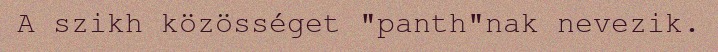
A szikh közösséget "panth"nak nevezik.